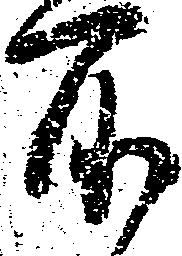
所